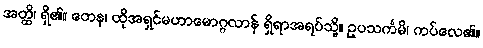
အတ္ထိ၊ ရှိ၏။ တေန၊ ထိုအရှင်မဟာမောဂ္ဂလာန် ရှိရာအရပ်သို့။ ဥပသင်္ကမိ၊ ကပ်လေ၏။